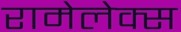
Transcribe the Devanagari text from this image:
रामेलेक्स